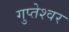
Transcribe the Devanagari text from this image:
गुप्‍तेश्‍वर